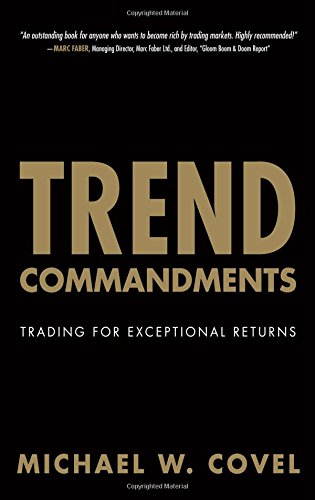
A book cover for Trend Commandments: Trading for Exceptional Returns; Michael W. Covel; Business & Money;